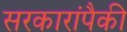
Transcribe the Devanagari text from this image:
सरकारांपैकी